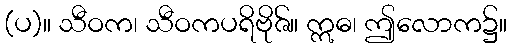
(ပ)။ သီဝက၊ သီဝကပရိဗိုဇ်။ ဣဓ၊ ဤလောက၌။